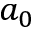
a _ { 0 }